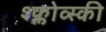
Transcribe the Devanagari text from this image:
श्क्लोव्स्की